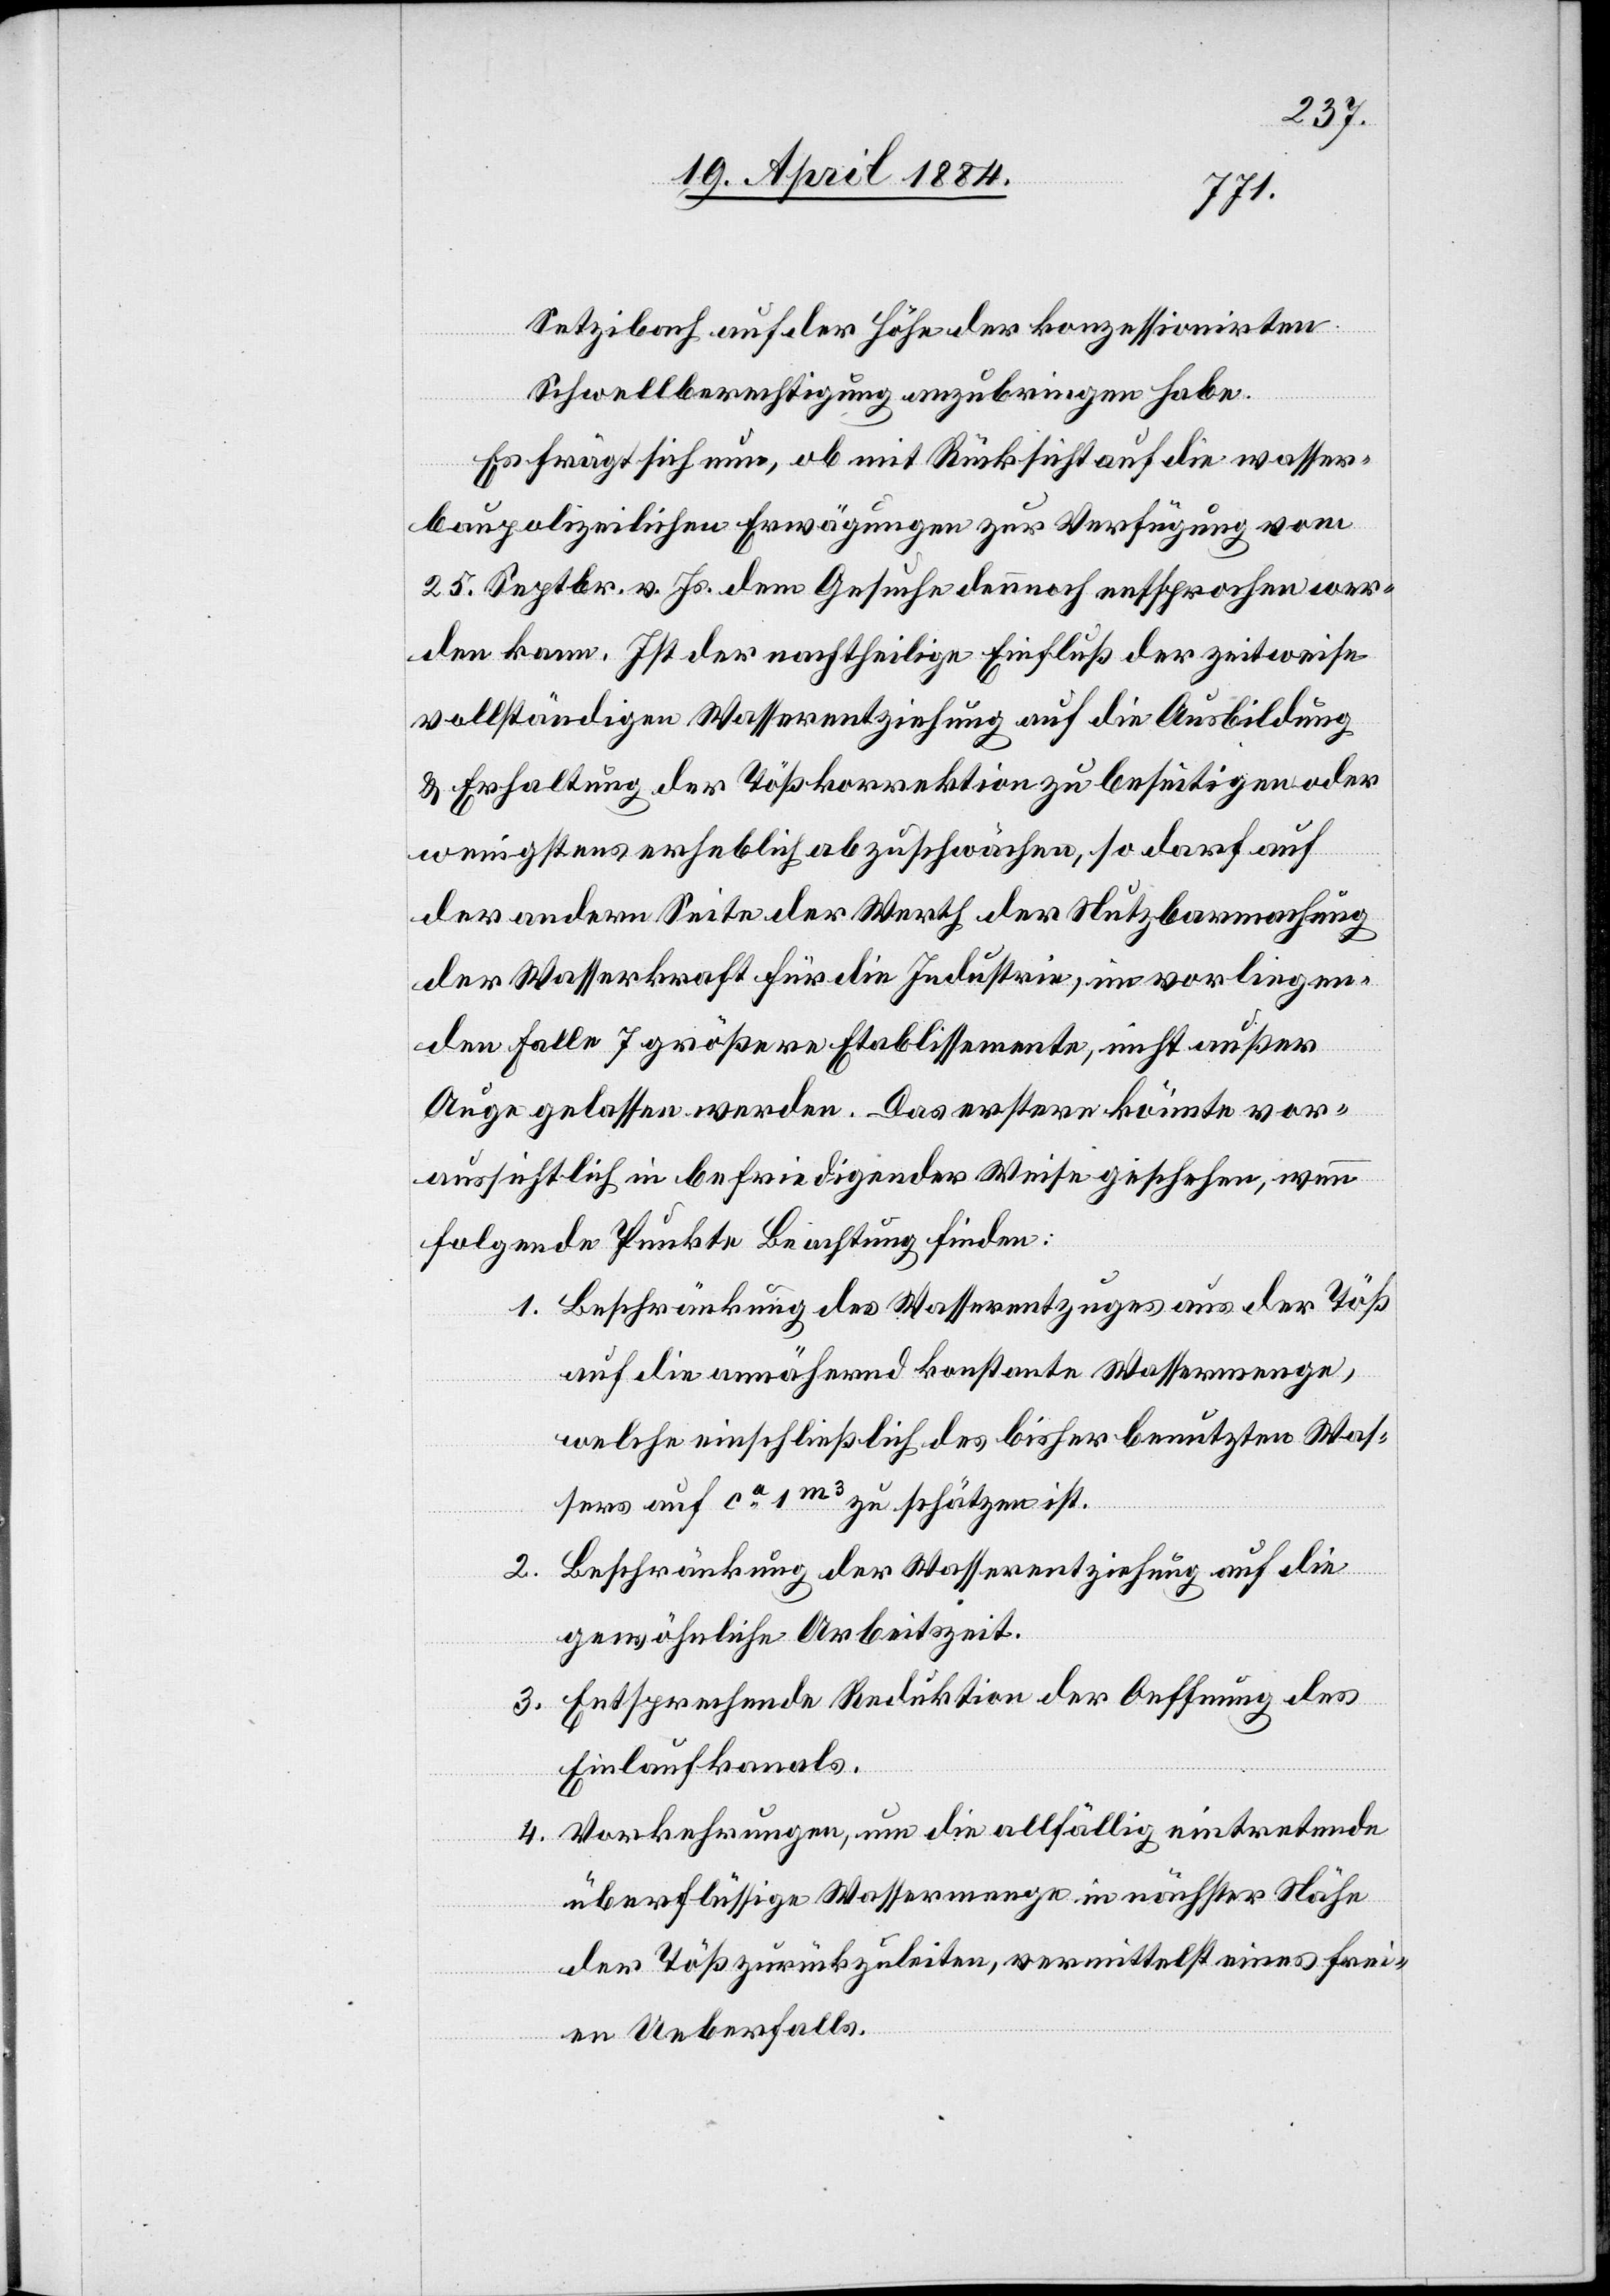
Setzibach auf der Höhe der konzessionirten
Schwellberechtigung anzubringen habe.
Es frägt sich nun, ob mit Rücksicht auf die wasser¬
baupolizeilichen Erwägungen zur Verfügung vom
25. Septbr. v. Js. dem Gesuche dennoch entsprochen wer¬
den kann. Ist der nachtheilige Einfluß der zeitweise
vollständigen Wasserentziehung auf die Ausbildung
& Erhaltung der Tößkorrektion zu beseitigen oder
wenigstens erheblich abzuschwächen, so darf auf
der anderen Seite der Werth der Nutzbarmachung
der Wasserkraft für die Industrie, im vorliegen¬
den Falle 7 größere Etablissemente, nicht außer
Auge gelassen werden. Das erstere könnte vor¬
aussichtlich in befriedigender Weise geschehen, wenn
folgende Punkte Beachtung finden:
1. Beschränkung des Wasserentzuges aus der Töß
auf die annähernd konstante Wassermenge,
welche einschließlich des bisher benutzten Was¬
ser auf ca 1m3 zu schätzen ist.
2. Beschränkung der Wasserentziehung auf die
gewöhnliche Arbeitszeit.
3. Entsprechende Reduktion der Oeffnung des
Einlaufkanals.
4. Vorkehrungen, um die allfällig eintretende
überflüssige Wassermenge in nächster Nähe
der Töß zurückzuleiten, vermittelst eines frei¬
en Ueberfalls.